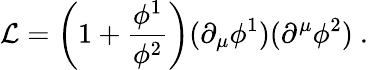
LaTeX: {\cal L}=\left(1+\frac{\phi^{1}}{\phi^{2}}\right)(\partial_{\mu}\phi^{1})(\partial^{\mu}\phi^{2})\ .